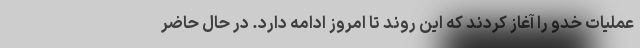
عملیات خدو را آغاز کردند که این روند تا امروز ادامه دارد. در حال حاضر